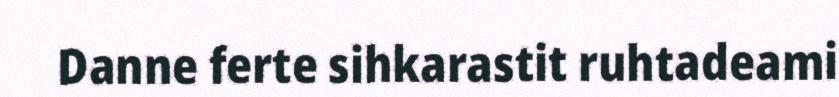
Danne ferte sihkarastit ruhtadeami